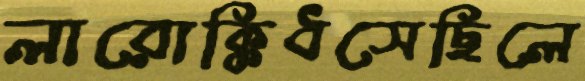
লারোক্কিধসেছিলে